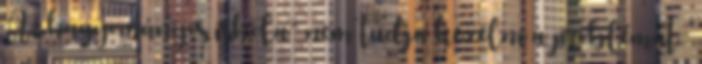
A „hagyományos iskola” nem tudja kezelni a problémát 